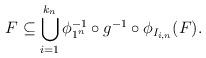
LaTeX: \begin{align*} F \subseteq \bigcup_{i=1} ^{k_n} \phi_{1^n} ^{-1} \circ g^{-1} \circ \phi_{I_{i,n}} (F).\end{align*}